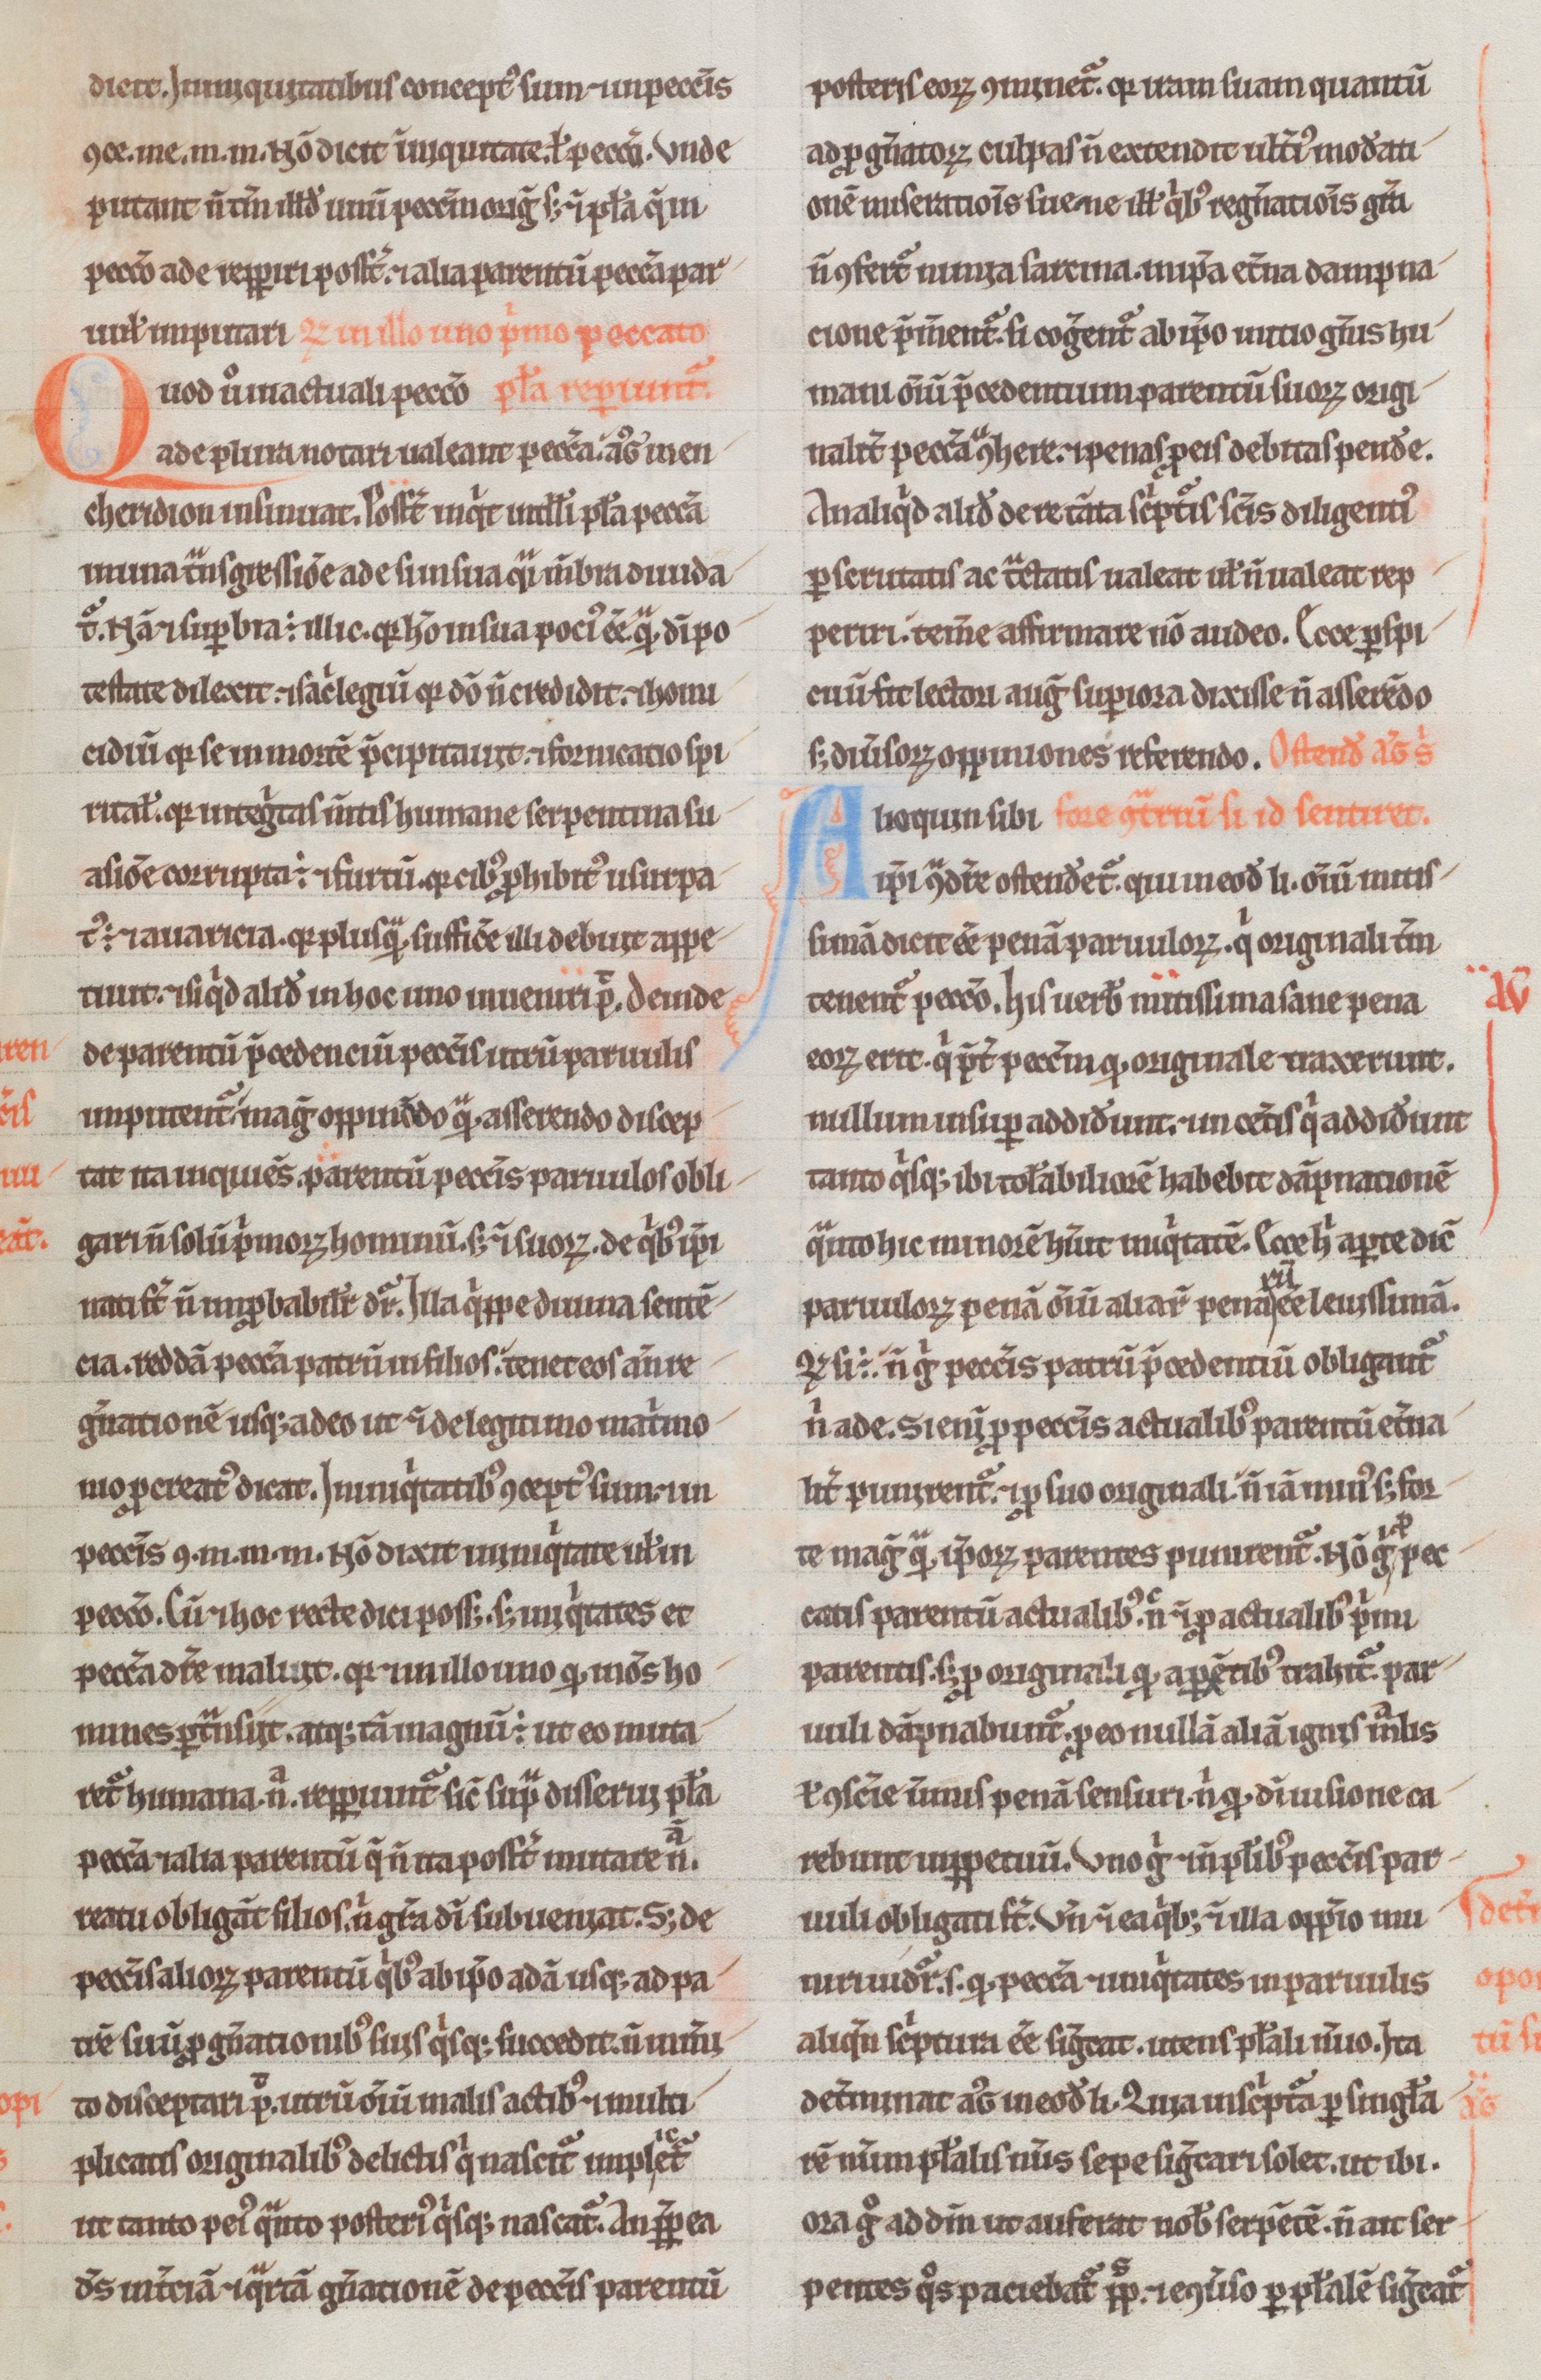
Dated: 1180–1190